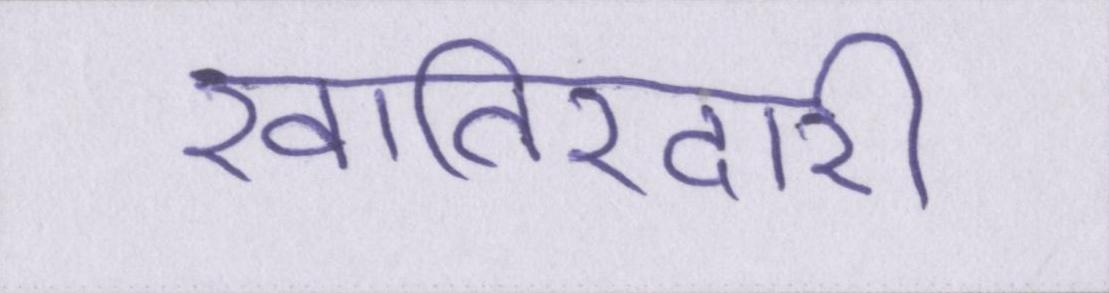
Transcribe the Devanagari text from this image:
खातिरदारी